V__Kingissepa_nim__kolhoos, lk 64
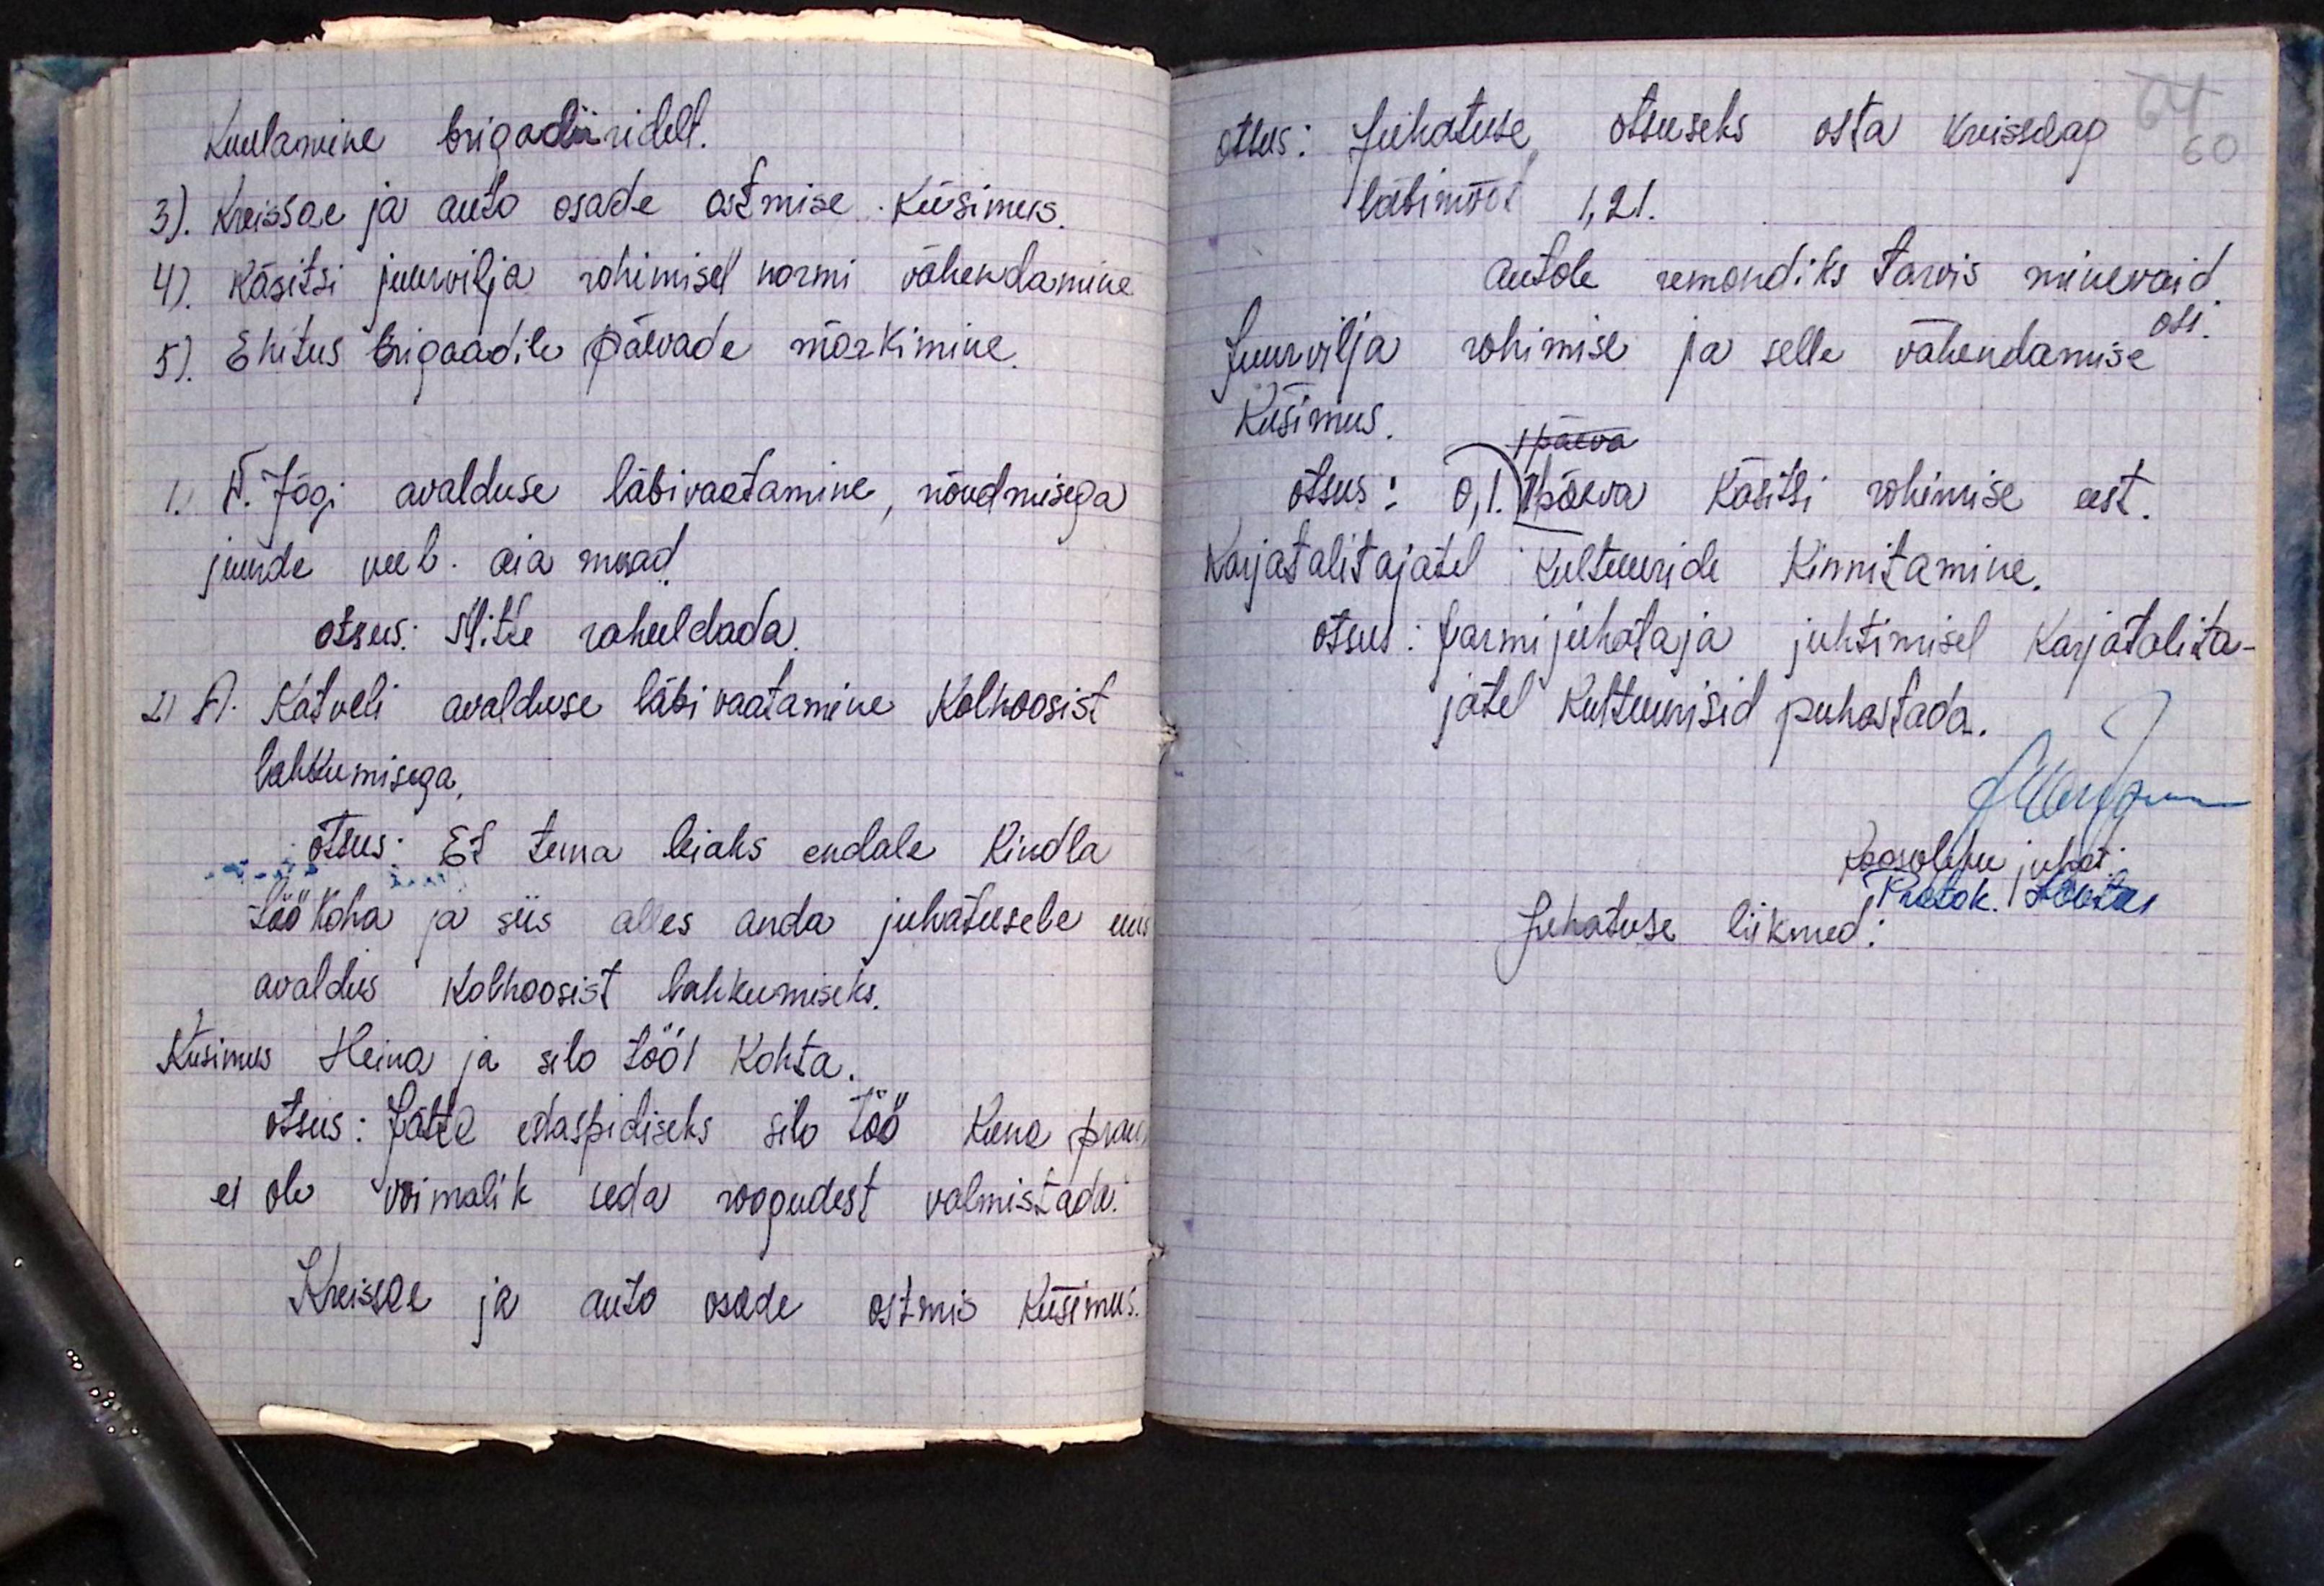
Kuulamine brigadiiridelt.
3). Kreissae ja auto osade ostmise küsimus.
4). Käsitsi juurvilja rohimisel normi vähendamine
5). Ehitus brigaadile päevade märkimine.
1. W. Jõgi avalduse läbivaatamine, nõudmisega
juurde veel. aia maad
otsus: Mitte rahuldada.
2) A. Katveli avalduse läbivaatamine Kolhoosist
lahkumisega.
otsus: Et tema leiaks endale kindla
töökoha ja siis alles anda juhatusele uus
avaldus kolhoosist lahkumiseks.
Küsimus Heina ja silo tööl Kohta.
otsus: Jätta edaspidiseks silo töö kuna praegu
ei ole võimalik seda roogudest valmistada.
Kreissae ja auto osade ostmis küsimus.

otsus: Juhatuse otsuseks osta kuissaag
64
60
läbimõõt 1,21.
autole remondiks tarvis minevaid
osi.
Juurvilja rohimise ja selle vähendamise
Küsimus.
päewa
otsus: 0,1. 1 päeva käsitsi rohimise eest.
karjatalitajatel kultuuride kinnitamine.
otsus: farmijuhataja juhtimisel karjatalita-
jate kultuurisid puhastada.
Wertsem
koosoleku juhat:
Protok. Lootus
Juhatuse liikmed: